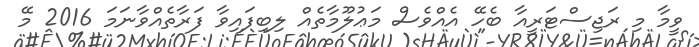
ވީމާ މި ރަޖިސްޓަރީއާ ބެހޭ އެއްވެސް މަޢުލޫމާތެއް ލިބިފައިވާ ފަރާތެއްވާނަމަ 2016 މޭ